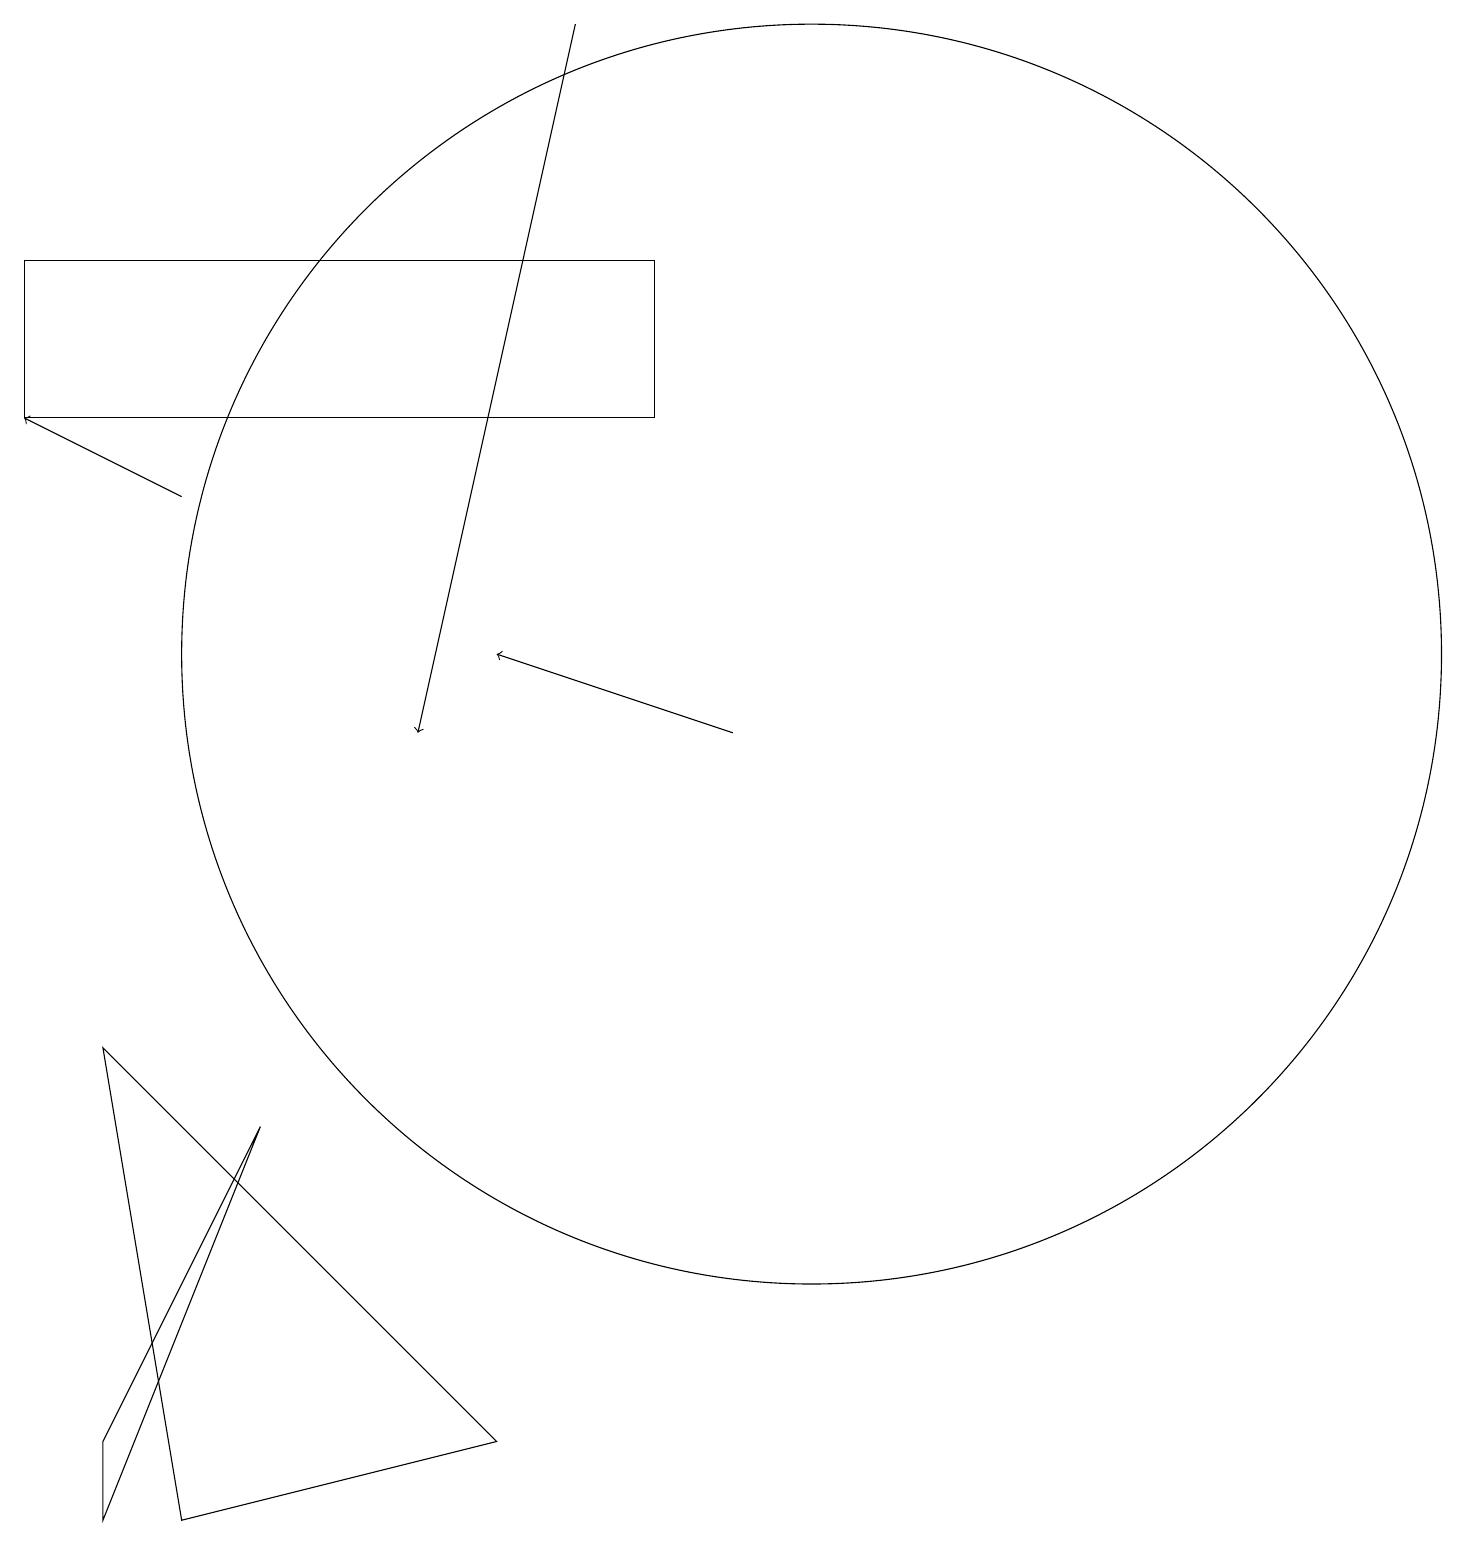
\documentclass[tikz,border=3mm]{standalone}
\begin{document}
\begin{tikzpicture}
\draw (10,11) circle (8);
\draw (1,0) -- (3,5) -- (1,1) -- cycle;
\draw[->] (2,13) -- (0,14);
\draw[->] (7,19) -- (5,10);
\draw[->] (9,10) -- (6,11);
\draw (2,0) -- (6,1) -- (1,6) -- cycle;
\draw (8,16) rectangle (0,14);
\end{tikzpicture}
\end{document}